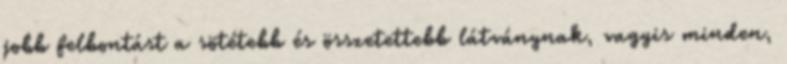
jobb felbontást a sötétebb és összetettebb látványnak, vagyis minden,